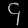
Digit: ၄